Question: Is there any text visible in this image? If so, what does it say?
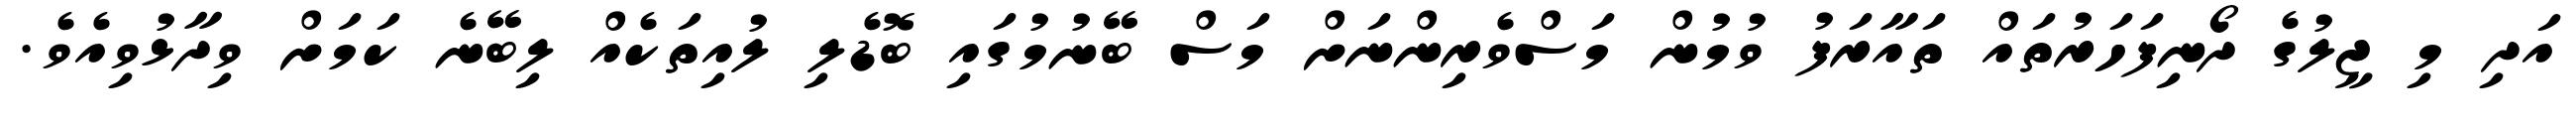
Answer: އަދި މި ޖީލުގެ ދޯނިފަހަރުތައް ތައާރަފު ވުމުން މަސްވެރިންނަށް މަސް ބޭނުމުގައި ބޮޑެލި ލުއިތަކެއް ލިބޭނެ ކަމަށް ވިދާޅުވިއެވެ.